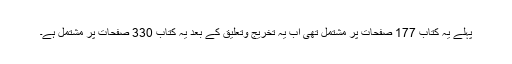
پہلے یہ کتاب 177 صفحات پر مشتمل تھی اب یہ تخریج وتعلیق کے بعد یہ کتاب 330 صفحات پر مشتمل ہے۔